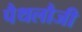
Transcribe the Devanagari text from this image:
पैथलौजी